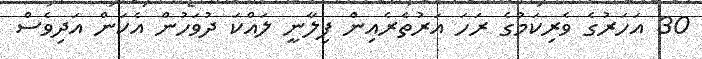
30 އަހަރުގެ ވެރިކަމުގެ ރަހަ އަރުތެރެއިން ފިލާނީ ލައްކަ ދުވަހުން އެކަން އަދިވެސް